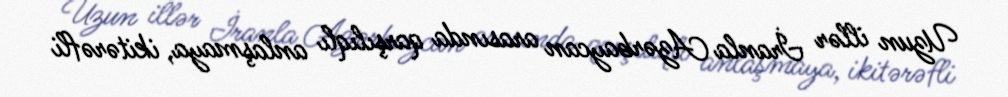
Uzun illər İranla Azərbaycan arasında qarşılıqlı anlaşmaya, ikitərəfli